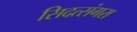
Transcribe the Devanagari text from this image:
सिदत्संगरा